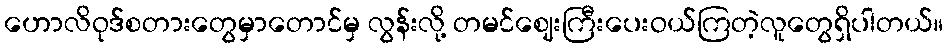
ဟောလိဝုဒ်စတားတွေမှာတောင်မှ လွန်းလို့ တမင်ဈေးကြီးပေးဝယ်ကြတဲ့လူတွေရှိပါတယ်။